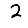
Digit: 2